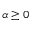
\alpha \ge 0